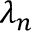
\lambda _ { n }